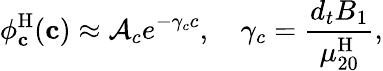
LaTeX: \phi_{\mathbf{c}}^{\mathrm{H}}(\mathbf{c})\approx\mathcal{A}_{c}e^{-\gamma_{c}c},\quad\gamma_{c}=\frac{{d_{t}}B_{1}}{\mu_{20}^{\mathrm{H}}},